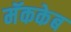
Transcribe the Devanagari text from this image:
मॅककेब